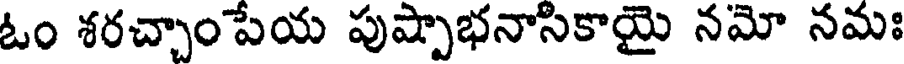
ఓం శరచ్చాంపేయ పుష్పాభనాసికాయై నమో నమః